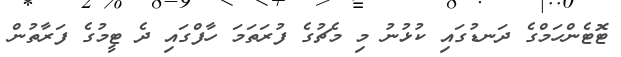
ޓޮޓެންހަމްގެ ދަނޑުގައި ކުޅުނު މި މެޗުގެ ފުރަތަމަ ހާފްގައި ދެ ޓީމުގެ ފަރާތުން